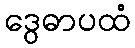
ဒွေဓာပထံ